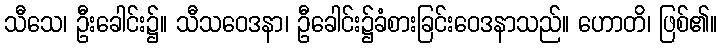
သီသေ၊ ဦးခေါင်း၌။ သီသဝေဒနာ၊ ဦခေါင်း၌ခံစားခြင်းဝေဒနာသည်။ ဟောတိ၊ ဖြစ်၏။